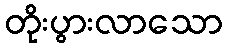
တိုးပွားလာသော